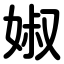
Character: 婌